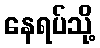
နေရပ်သို့